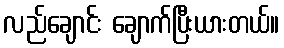
လည်ချောင်း ချောက်ပြီးယားတယ်။